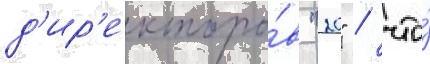
д'ир'екторо́в "20" / что́